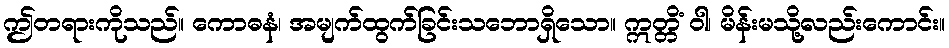
ဤတရားကိုသည်။ ကောဓနံ၊ အမျက်ထွက်ခြင်းသဘောရှိသော။ ဣတ္တိံ ဝါ၊ မိန်းမသို့လည်းကောင်း။